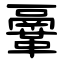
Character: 鞷